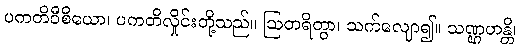
ပကတိဝီစိယော၊ ပကတိလှိုင်းတို့သည်။ ဩတရိတွာ၊ သက်လျော၍။ သဏ္ဌဟန္တိ၊